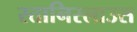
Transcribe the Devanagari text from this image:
स्तानिस्लाउस